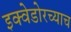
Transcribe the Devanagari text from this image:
इक्वेडोरच्याच